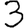
Digit: 3